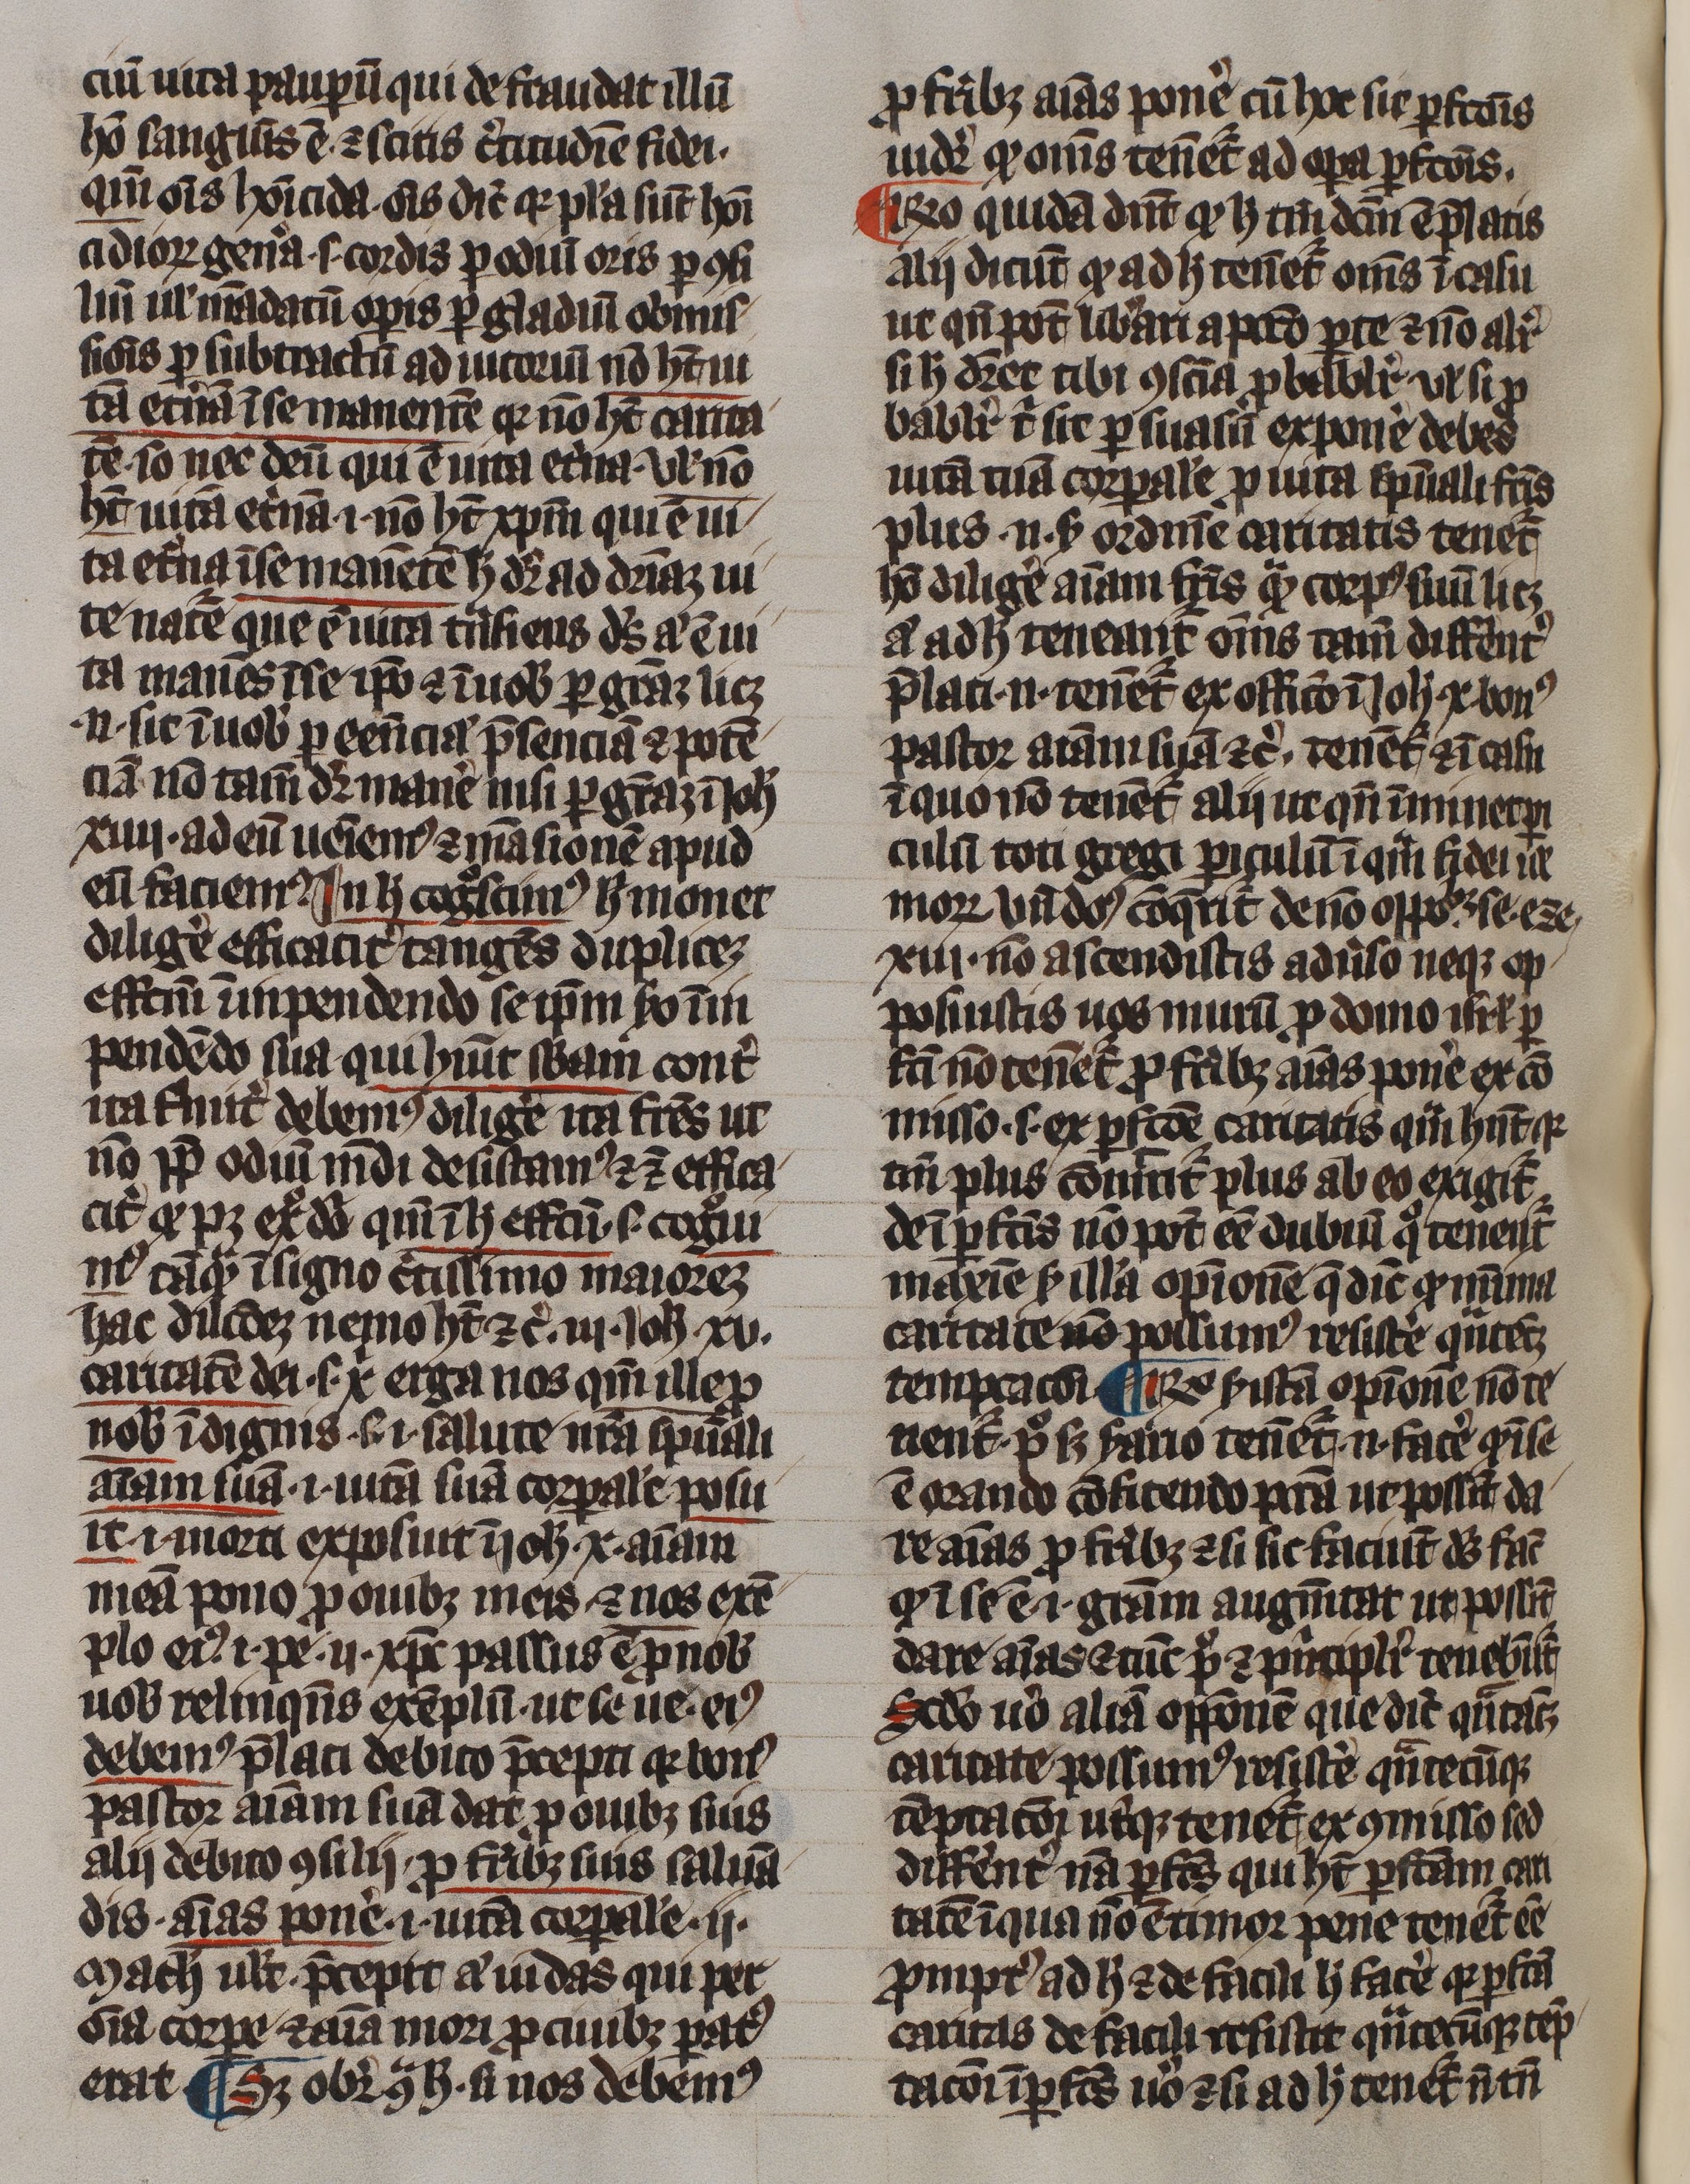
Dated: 1300–1399